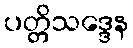
ပတ္တိသဒ္ဒေန